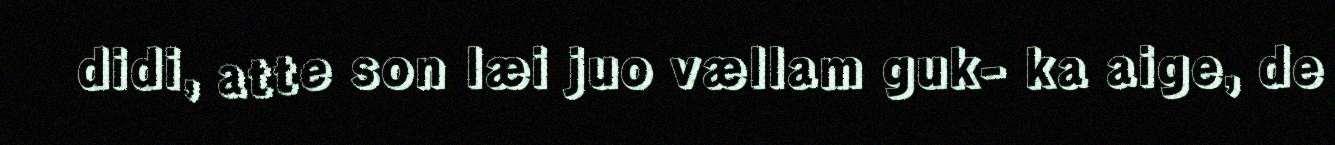
didi, atte son læi juo vællam guk- ka aige, de